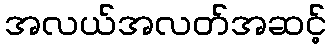
အလယ်အလတ်အဆင့်